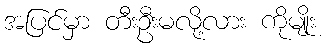
အပြင်မှာ တီးဦးမလို့လား ကိုမျိုး